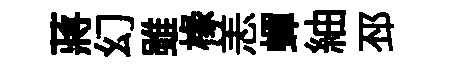
蔣幻雖椽恙蟬紬邳